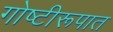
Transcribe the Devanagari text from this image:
गोष्टीरूपात